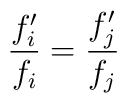
\frac{f_i^\prime}{f_i}=\frac{f_j^\prime}{f_j}